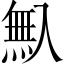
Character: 𠓺